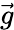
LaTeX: \vec{g}